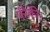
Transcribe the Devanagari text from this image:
फीकी।